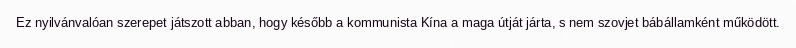
Ez nyilvánvalóan szerepet játszott abban, hogy később a kommunista Kína a maga útját járta, s nem szovjet bábállamként működött.